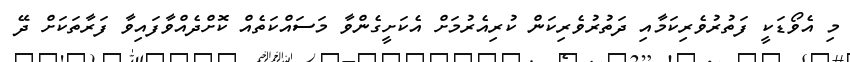
މި އެވޯޑަކީ ފަތުރުވެރިކަމާއި ދަތުރުވެރިކަން ކުރިއެރުމަށް އެކަށީގެންވާ މަސައްކަތެއް ކޮށްދެއްވާފައިވާ ފަރާތަކަށް ދޭ